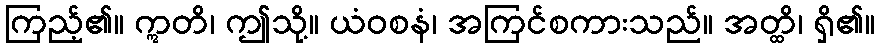
ကြည့်၏။ ဣတိ၊ ဤသို့။ ယံဝစနံ၊ အကြင်စကားသည်။ အတ္ထိ၊ ရှိ၏။